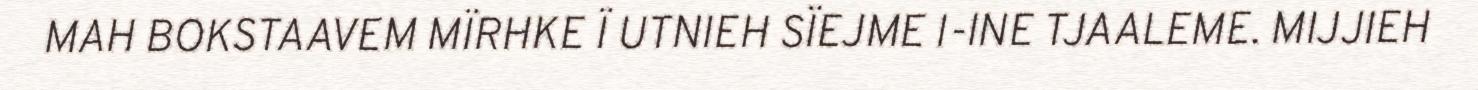
MAH BOKSTAAVEM MÏRHKE Ï UTNIEH SÏEJME I-INE TJAALEME. MIJJIEH